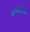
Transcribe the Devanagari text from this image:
कांडीलिक